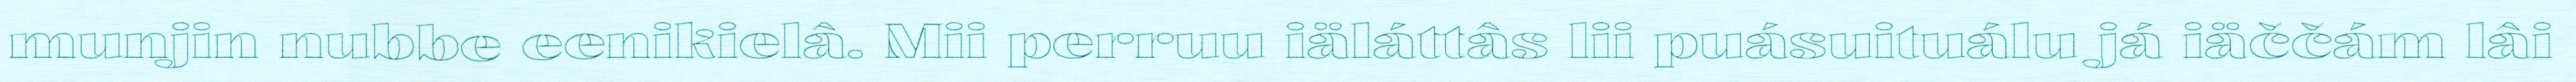
munjin nubbe eenikielâ. Mii perruu iäláttâs lii puásuituálu já iäččám lâi